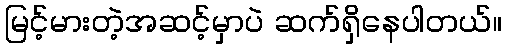
မြင့်မားတဲ့အဆင့်မှာပဲ ဆက်ရှိနေပါတယ်။